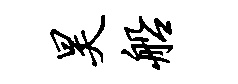
昊船